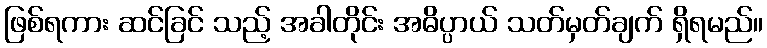
ဖြစ်ရကား ဆင်ခြင် သည့် အခါတိုင်း အဓိပ္ပာယ် သတ်မှတ်ချက် ရှိရမည်။